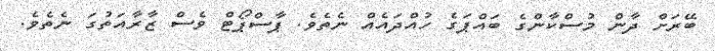
ބޭރަށް ދާން މުސްކާންގެ ބައްޕަގެ ހުއްދައެއް ނެތެވެ. ޕާސްޕޯޓް ވެސް ޒާރާއަތުގަ ނެތެވެ.